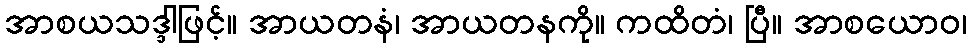
အာစယသဒ္ဒါဖြင့်။ အာယတနံ၊ အာယတနကို။ ကထိတံ၊ ပြီ။ အာစယောဝ၊